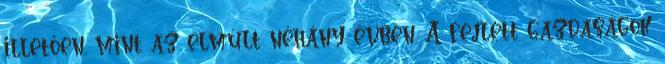
illetően, mint az elmúlt néhány évben. A fejlett gazdaságok